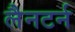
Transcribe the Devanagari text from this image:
लैनटर्न